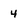
Character: 4